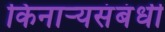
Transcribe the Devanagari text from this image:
किनार्‍यसंबंधी